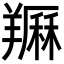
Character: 𦏈